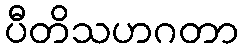
ပီတိသဟဂတာ